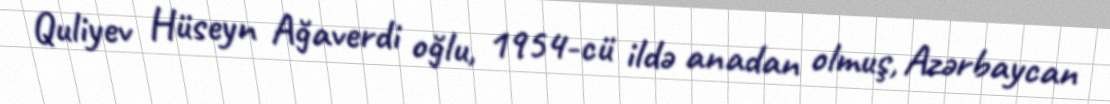
Quliyev Hüseyn Ağaverdi oğlu, 1954-cü ildə anadan olmuş, Azərbaycan